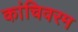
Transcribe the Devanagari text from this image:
कांचिवरम